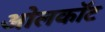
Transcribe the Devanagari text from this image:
ओलकॉट